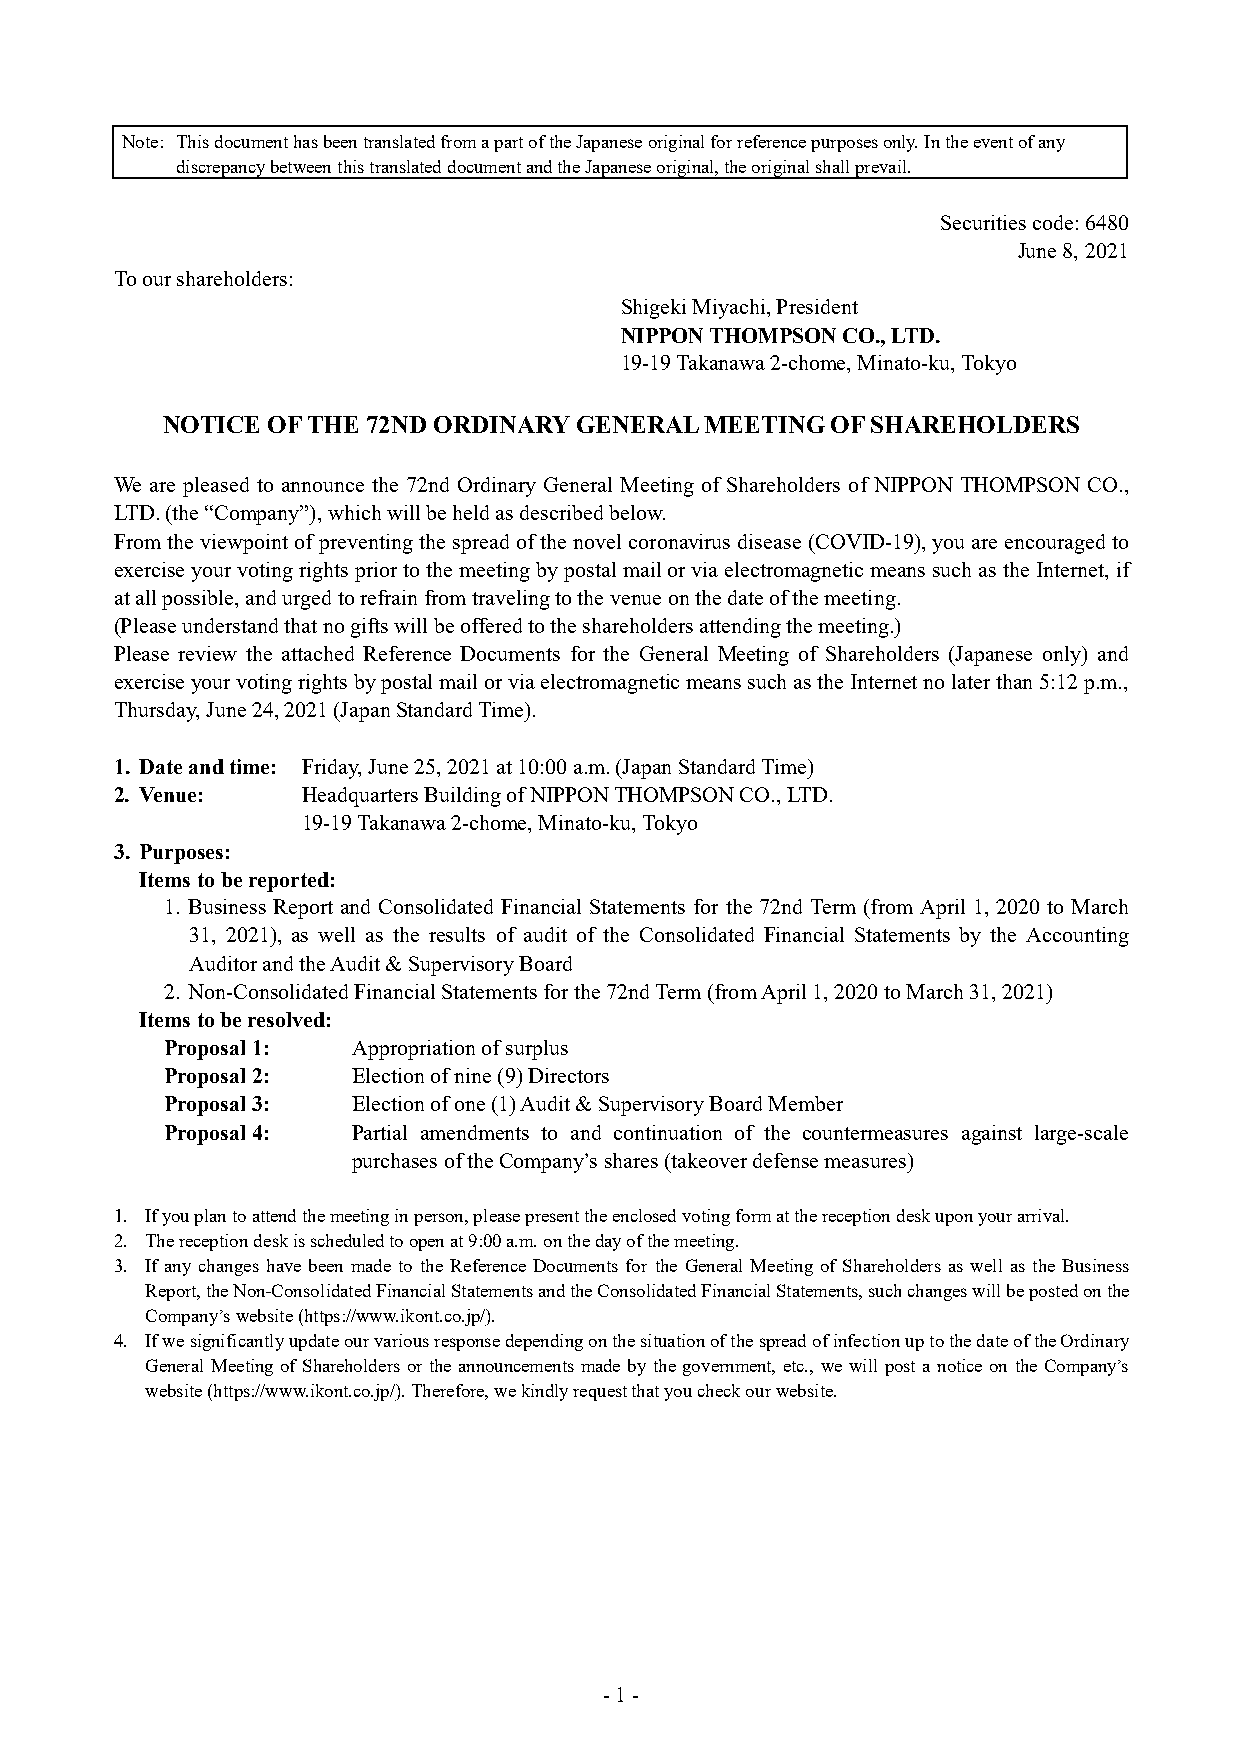
Note: This document has been translated from a part of the Japanese original for reference purposes only. In the event of any
 discrepancy between this translated document and the Japanese original, the original shall prevail.
 Securities code: 6480
 June 8, 2021
 To our shareholders:
 Shigeki Miyachi, President
 NIPPON THOMPSON CO., LTD.
 19-19 Takanawa 2-chome, Minato-ku, Tokyo
 NOTICE OF THE 72ND ORDINARY GENERAL MEETING OF SHAREHOLDERS
 We are pleased to announce the 72nd Ordinary General Meeting of Shareholders of NIPPON THOMPSON CO.,
 LTD. (the “Company”), which will be held as described below.
 From the viewpoint of preventing the spread of the novel coronavirus disease (COVID-19), you are encouraged to
 exercise your voting rights prior to the meeting by postal mail or via electromagnetic means such as the Internet, if
 at all possible, and urged to refrain from traveling to the venue on the date of the meeting.
 (Please understand that no gifts will be offered to the shareholders attending the meeting.)
 Please review the attached Reference Documents for the General Meeting of Shareholders (Japanese only) and
 exercise your voting rights by postal mail or via electromagnetic means such as the Internet no later than 5:12 p.m.,
 Thursday, June 24, 2021 (Japan Standard Time).
 1. Date and time: Friday, June 25, 2021 at 10:00 a.m. (Japan Standard Time)
 2. Venue:   Headquarters Building of NIPPON THOMPSON CO., LTD.
 19-19 Takanawa 2-chome, Minato-ku, Tokyo
 3. Purposes:
 Items to be reported:
 1. Business Report and Consolidated Financial Statements for the 72nd Term (from April 1, 2020 to March
 31, 2021), as well as the results of audit of the Consolidated Financial Statements by the Accounting
 Auditor and the Audit & Supervisory Board
 2. Non-Consolidated Financial Statements for the 72nd Term (from April 1, 2020 to March 31, 2021)
 Items to be resolved:
 Proposal 1: Appropriation of surplus
 Proposal 2: Election of nine (9) Directors
 Proposal 3: Election of one (1) Audit & Supervisory Board Member
 Proposal 4: Partial amendments to and continuation of the countermeasures against large-scale
 purchases of the Company’s shares (takeover defense measures)
 1. If you plan to attend the meeting in person, please present the enclosed voting form at the reception desk upon your arrival.
 2. The reception desk is scheduled to open at 9:00 a.m. on the day of the meeting.
 3. If any changes have been made to the Reference Documents for the General Meeting of Shareholders as well as the Business
 Report, the Non-Consolidated Financial Statements and the Consolidated Financial Statements, such changes will be posted on the
 Company’s website (https://www.ikont.co.jp/).
 4. If we significantly update our various response depending on the situation of the spread of infection up to the date of the Ordinary
 General Meeting of Shareholders or the announcements made by the government, etc., we will post a notice on the Company’s
 website (https://www.ikont.co.jp/). Therefore, we kindly request that you check our website.
 - 1 -